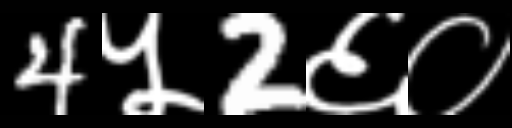
Text: 4५2६०